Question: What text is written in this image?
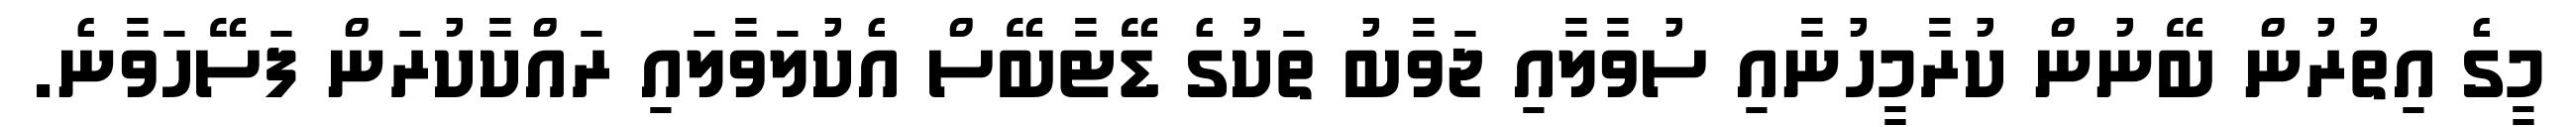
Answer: މީގެ އިތުރުން ބޭނުން ކުރާމީހުނާއި ސުވާލާއި ޖަވާބު ތަކުގެ ޑޭޓާބޭސް އެކުލަވާލައި ރައްކާކުރަން ފަސޭހަވާނެ.